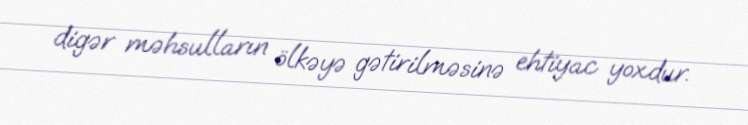
digər məhsulların ölkəyə gətirilməsinə ehtiyac yoxdur.